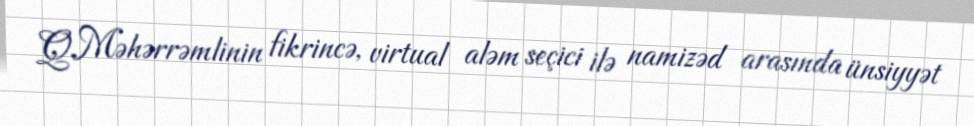
Q.Məhərrəmlinin fikrincə, virtual aləm seçici ilə namizəd arasında ünsiyyət